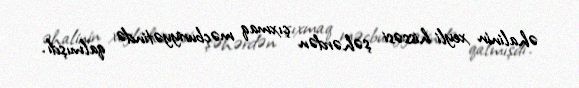
əhalinin xeyli hissəsi şəhərdən çıxmaq məcburiyyətində qalmışdı.